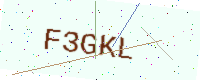
Text: F3GKL